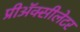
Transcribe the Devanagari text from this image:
प्रीअॅक्सीलेटर